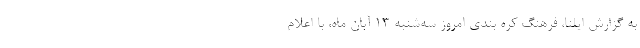
به گزارش ایلنا، فرهنگ کره بندی امروز سه‌شنبه ۱۳ آبان ماه، با اعلام